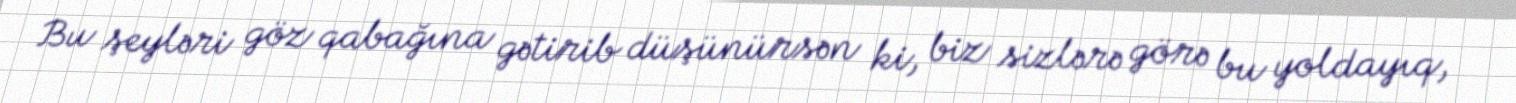
Bu şeyləri göz qabağına gətirib düşünürsən ki, biz sizlərə görə bu yoldayıq,